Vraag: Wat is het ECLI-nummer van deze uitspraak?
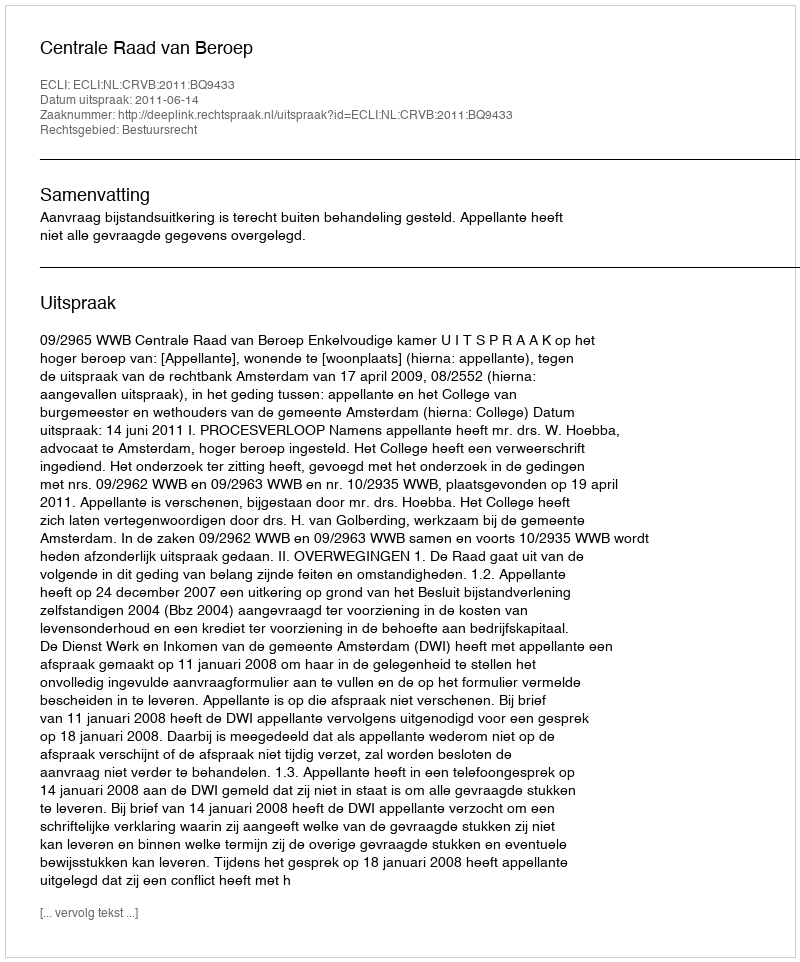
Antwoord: ECLI:NL:CRVB:2011:BQ9433